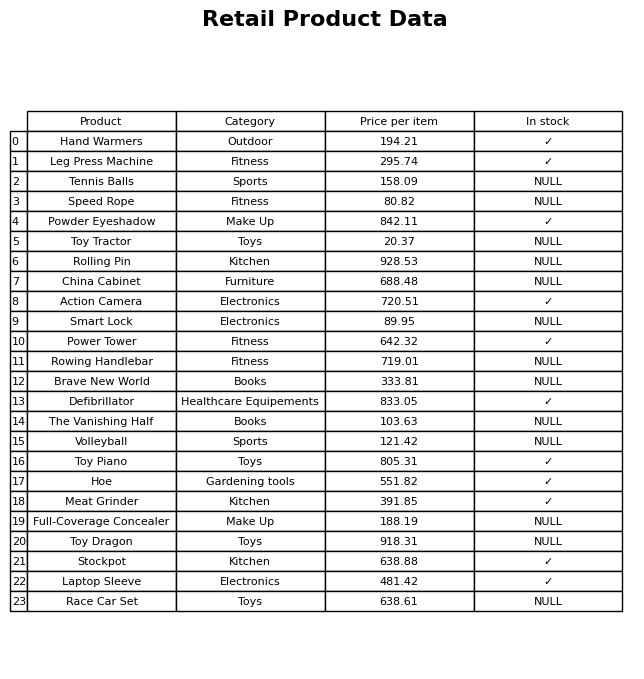
question: What is the price of the Tennis Balls?
answer: The price of Tennis Balls is 158.09.